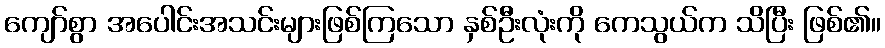
ကျော်စွာ အပေါင်းအသင်းများဖြစ်ကြသော နှစ်ဦးလုံးကို ကေသွယ်က သိပြီး ဖြစ်၏။